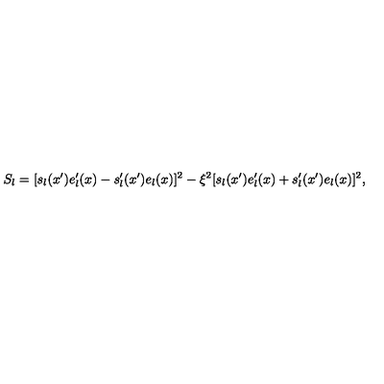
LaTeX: S _ { l } = [ s _ { l } ( x ^ { \prime } ) e _ { l } ^ { \prime } ( x ) - s _ { l } ^ { \prime } ( x ^ { \prime } ) e _ { l } ( x ) ] ^ { 2 } - \xi ^ { 2 } [ s _ { l } ( x ^ { \prime } ) e _ { l } ^ { \prime } ( x ) + s _ { l } ^ { \prime } ( x ^ { \prime } ) e _ { l } ( x ) ] ^ { 2 } ,